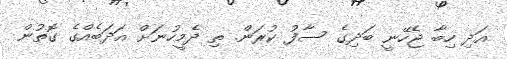
އަދި ހިބާ ޖެހޭނީ ބަދިގެ ސާފު ކުރަން. ތި ދެމީހުނަށް އަދަބެއްގެ ގޮތުން